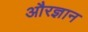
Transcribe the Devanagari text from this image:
औरज्ञान